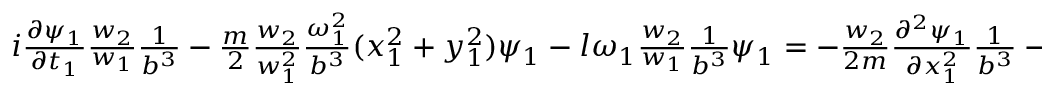
\begin{array} { r } { i \frac { \partial \psi _ { 1 } } { \partial t _ { 1 } } \frac { w _ { 2 } } { w _ { 1 } } \frac { 1 } { b ^ { 3 } } - \frac { m } { 2 } \frac { w _ { 2 } } { w _ { 1 } ^ { 2 } } \frac { \omega _ { 1 } ^ { 2 } } { b ^ { 3 } } ( x _ { 1 } ^ { 2 } + y _ { 1 } ^ { 2 } ) \psi _ { 1 } - l \omega _ { 1 } \frac { w _ { 2 } } { w _ { 1 } } \frac { 1 } { b ^ { 3 } } \psi _ { 1 } = - \frac { w _ { 2 } } { 2 m } \frac { \partial ^ { 2 } \psi _ { 1 } } { \partial x _ { 1 } ^ { 2 } } \frac { 1 } { b ^ { 3 } } - \frac { w _ { 2 } } { 2 m } \frac { \partial ^ { 2 } \psi _ { 1 } } { \partial y _ { 1 } ^ { 2 } } \frac { 1 } { b ^ { 3 } } . } \end{array}